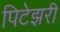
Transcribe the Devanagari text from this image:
पिटेझरी